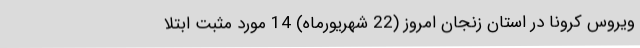
ویروس کرونا در استان زنجان امروز (22 شهریورماه) 14 مورد مثبت ابتلا